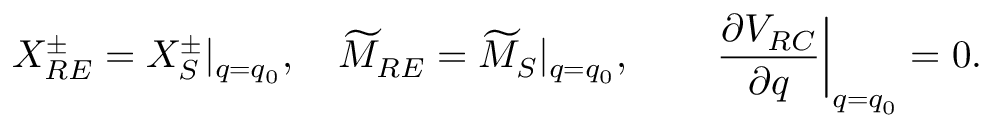
X _ { R E } ^ { \pm } = X _ { S } ^ { \pm } | _ { q = q _ { 0 } } , \quad \widetilde { M } _ { R E } = \widetilde { M } _ { S } | _ { q = q _ { 0 } } , \qquad \left. { \frac { \partial { \cal V } _ { R C } } { \partial q } } \right| _ { q = q _ { 0 } } = 0 .